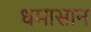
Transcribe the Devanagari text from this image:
धमासान